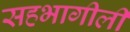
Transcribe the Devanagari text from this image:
सहभागीली